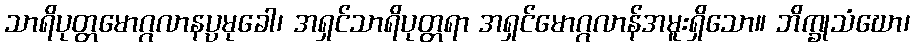
သာရိပုတ္တမောဂ္ဂလာနပ္ပမုခေါ၊ အရှင်သာရိပုတ္တရာ အရှင်မောဂ္ဂလာန်အမူးရှိသော။ ဘိက္ခုသံဃော၊